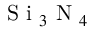
\mathrm { ~ S ~ i ~ } _ { 3 } \mathrm { ~ N ~ } _ { 4 }